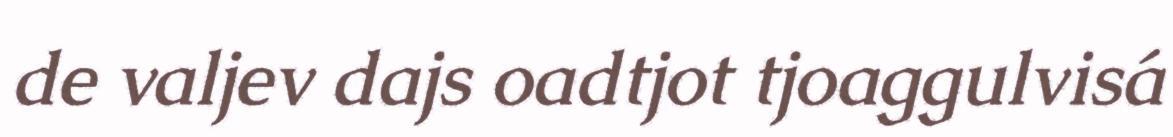
de valjev dajs oadtjot tjoaggulvisá